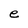
Character: e